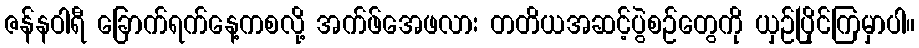
ဇန်နဝါရီ ခြောက်ရက်နေ့ကစလို့ အက်ဖ်အေဖလား တတိယအဆင့်ပွဲစဉ်တွေကို ယှဉ်ပြိုင်ကြမှာပါ။